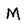
Character: M